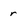
Character: r